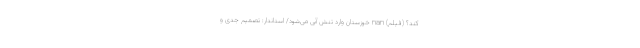
کند؟ (فیلم) nan خوزستان وارد تنش آبی می‌شود/ استاندار: تصمیم جدی و